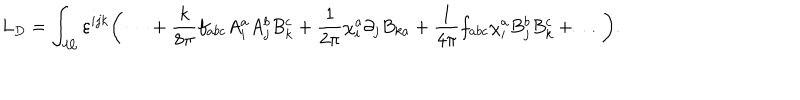
L _ { D } = \int _ { \cal M } \varepsilon ^ { i j k } \bigg ( \dots + { \frac { k } { 8 \pi } } f _ { a b c } A _ { i } ^ { a } A _ { j } ^ { b } B _ { k } ^ { c } + { \frac { 1 } { 2 \pi } } \chi _ { i } ^ { a } \partial _ { j } B _ { k a } + { \frac { 1 } { 4 \pi } } f _ { a b c } \chi _ { i } ^ { a } B _ { j } ^ { b } B _ { k } ^ { c } + \dots \bigg ) .